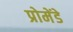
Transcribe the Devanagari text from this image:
प्रोमेंडे